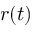
r ( t )